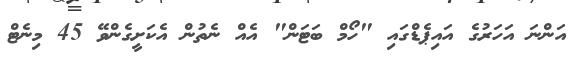
އަންނަ އަހަރުގެ އައިޕެޑްގައި "ހޯމް ބަޓަން" އެއް ނެތުން އެކަށީގެންވޭ 45 މިނެޓް